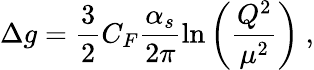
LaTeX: \Delta g={\frac{3}{2}}C_{F}{\frac{\alpha_{s}}{2\pi}}{\ln\left(\frac{Q^{2}}{\mu^{2}}\right)}\ ,